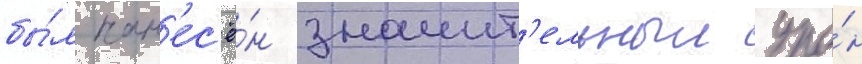
бы́л нан'ес'ё́н значит'ельныи уро́н